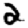
Digit: 2